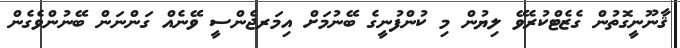
ޤާނޫނީގޮތުން ގެޒެޓްކުރެވޭ ލިޔުން މި ކުންފުނީގެ ބޭނުމަށް އިމަރޖެންސީ ވޭނެއް ގަންނަން ބޭނުންވެގެން